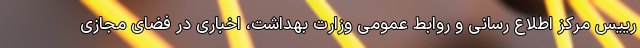
رییس مرکز اطلاع رسانی و روابط عمومی وزارت بهداشت، اخباری در فضای مجازی